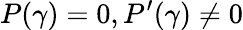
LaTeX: P(\gamma)=0,P^{\prime}(\gamma)\neq 0